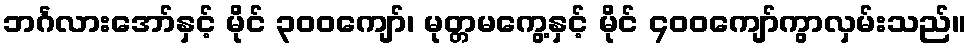
ဘင်္ဂလားအော်နှင့် မိုင် ၃၀၀ကျော်၊ မုတ္တမကွေ့နှင့် မိုင် ၄၀၀ကျော်ကွာလှမ်းသည်။